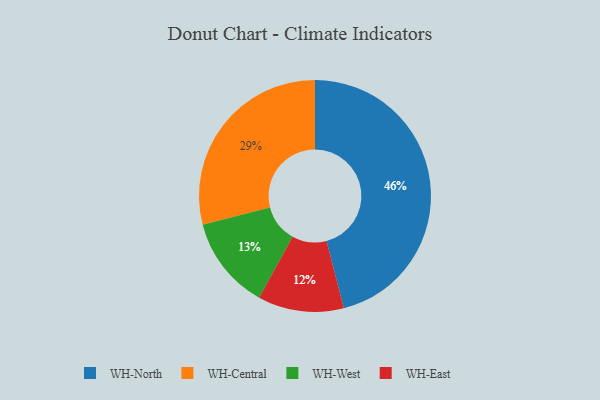
{"axis": {"x": "Category", "y": "Percentage"}, "legend": ["WH-Central", "WH-East", "WH-North", "WH-West"], "data": [{"x": "WH-Central", "y": 29, "type": "WH-Central"}, {"x": "WH-East", "y": 12, "type": "WH-East"}, {"x": "WH-West", "y": 13, "type": "WH-West"}, {"x": "WH-North", "y": 46, "type": "WH-North"}]}